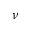
\nu